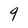
Character: 9